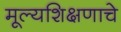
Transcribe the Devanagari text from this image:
मूल्यशिक्षणाचे